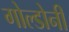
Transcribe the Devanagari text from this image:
गोल्डोनी